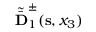
\tilde { \bar { { \bf D } } } _ { 1 } ^ { \pm } ( { \bf s } , x _ { 3 } )